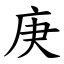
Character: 庚